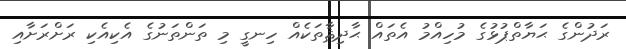
ރަދުންގެ ޙަޔާތްޕުޅުގެ މުހިއްމު އެތައް ޙާދިޘާތަކެއް ހިނގީ މި ތަންތަނުގެ އެކިއެކި ރަށްރަށާއި